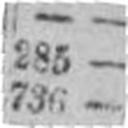
736 —